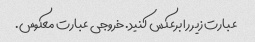
عبارت زیر را برعکس کنید. خروجی عبارت معکوس.